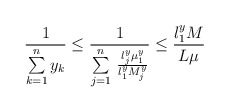
\begin{align*}\frac{1}{\sum\limits_{k=1}^n y_{k} }\le \frac{1}{\sum\limits_{j=1}^n {\mathrm{\thinspace }\frac{l_{j}^{y}\mu_{1}^{y}}{l_{1}^{y}M_{j}^{y}}} }\le \frac{l_{1}^{y}M}{L\mu }\end{align*}